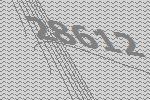
28612